Tezpur Lunatic Asylum reports 1877-1894 - 1877-1894
Year: 1877
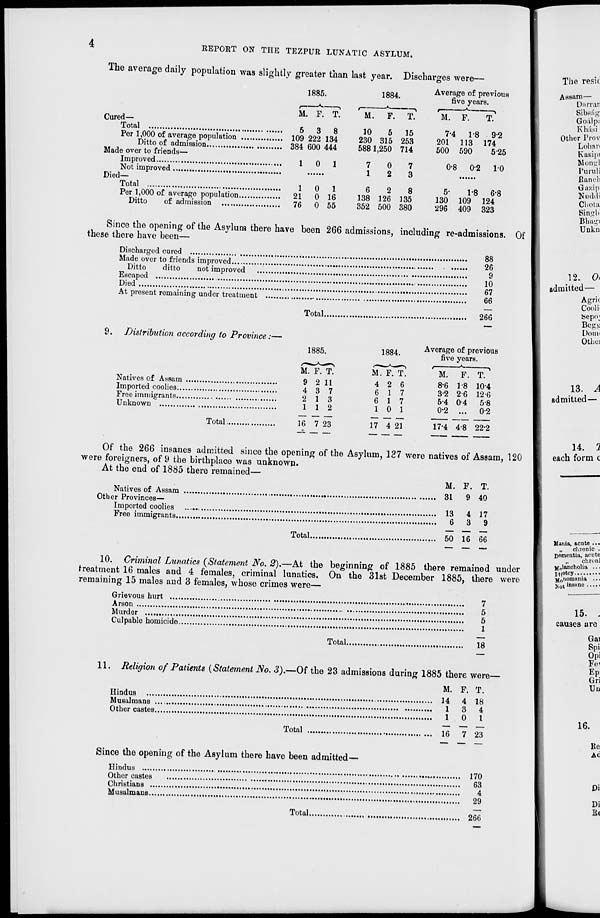
REPORT ON THE TEZPUR LUNATIC ASYLUM.
The average daily population was slightly greater than last year. Discharges were—
1885.
M. F. T.
Cured—
Total
5 3 8
Per 1,000 of average population
109 222 134
Ditto of admission
384 600 444
Made over to friends—
Improved
10 1
Not improved
Died—
Total
1
0
1
Per 1,000 of average population
21
0 16
Ditto
of admission
76
0 55
1884
Average of previous
five years.
M. F. T.
M. F.
T.
10
5
230 315
588 1,250
15
253
714
7-4 1-8 92
201 113 174
500 590
5-25
7
1
0
2
7
3
0-8
0-2
1-0
6
138
352
2
126
500
8
135
380
5-
1-8
6-8
130 109 124
296 409 323
Since the opening of the Asylum there have been 266 admissions, including re-admissions. Of
these there have been—
The resit
Artsam—
Dnrrari
Sibsng
Go.-ilp;
Khiisi
Other Prov
Lohar<
Kasipi
Mongl
Puruli
Ranch
Gn?.ip
Nuddi
Chota
Sinirli
Bhagi
Unkn
Discharged cured
Made over to friends improved
Ditto
ditto
not improved
Escar iped
Died
At present remaining under treatment
Total.
88
26
9
10
67
66
266
9. Distribution according to Province:—
Natives of Assam
Imported coolies
Free immigrants
Unknown
Total.
12. O,
admitted—
Agric
Cooli-
Sepo;
Bcgi:
Doim
OtheJ
1885.
1884.
M. F. T.
9
4
2
1
2 11
3 7
1 3
1 2
16 7 23
Average of previous
five years.
t
»
»
M. F. T.
1 0 1
17 4 21
8-6
32
54
0-2
1-8
26
04
10-4
12-6
5-8
02
13. A
admitted —
17-4 48 222
Of the 266 insanes admitted since the opening of the Asylum, 137 were natives of Assam, 120
were foreigners, of 9 the birthplace was unknown.
At the end of 1885 there remained—
M. F. T.
Natives of Assam
31
9 40
Other Provinces—
Imported coolies
13
4 17
Free immigrants
6
3
9
Total
50 16 66
10. Criminal Lunatics (Statement No. 2).—At the beginning of 1885 there remained under
treatment 16 males and 4 females, criminal lunatics. On the 31st December 1885, there were
remaining 15 males and 3 females, whose crimes were—
Grievous hurt
7
Arson
5
Murder
5
Culpable homicide
1
Total
18
11. Religion of Patients {Statement No. 3).—Of the 23 admissions during 1885 there were—
M. F. T.
Hindus
14 4 18
Musalmans ...
13 4
Other castes
10
1
Total
16 7 23
Since the opening of the Asylum there have been admitted—
Hindus
170
Other castes
63
Christians
4
MusalmanB
29
Total
266
14. 1
each form c
Mania, acute ...
„ chronic .
nementia, acute
chTOIH
jfl^lancholia .. •
MiOtcy...
u 0 nomnma • • •
j»ot in9line
15. -
causes are
Gai
Spi
Opi
Fd
Ep
Gri
Un
16.
Re
Aci
Di
Di